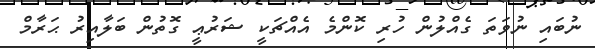
ނުބައި ނުވަތަ ގެއްލުން ހުރި ކޮންމެ އެއްޗަކީ ޝަރުޢީ ގޮތުން ބަލާއިރު ޙަރާމް